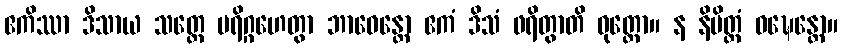
ဧကိဿာ ဒိသာယ သတ္တေ ပရိဂ္ဂဟေတွာ ဘာဝေန္တော ဧကံ ဒိသံ ဖရိတွာတိ ဝုတ္တော။ န နိမိတ္တံ ဝဍ္ဎေန္တော။